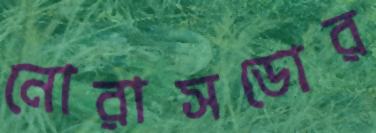
নোরাসডোর